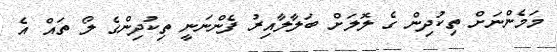
މަމެންނަށް ތިކުދިން ގެ ލޮލަށް ބަލާލާއިރު ފެންނަނީ ތިކުދިންގެ ލޯ ތައް އެ